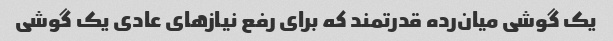
یک گوشی میان‌رده قدرتمند که برای رفع نیازهای عادی یک گوشی